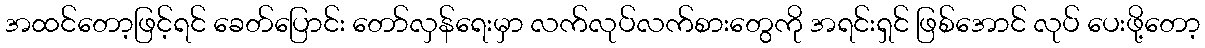
အထင်တော့ဖြင့်ရင် ခေတ်ပြောင်း တော်လှန်ရေးမှာ လက်လုပ်လက်စားတွေကို အရင်းရှင် ဖြစ်အောင် လုပ် ပေးဖို့တော့